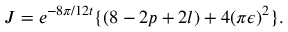
J = e ^ { - 8 \pi / 1 2 t } \{ ( 8 - 2 p + 2 l ) + 4 ( \pi \epsilon ) ^ { 2 } \} .